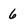
Character: 6